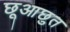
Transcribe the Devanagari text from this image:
छूआछुत